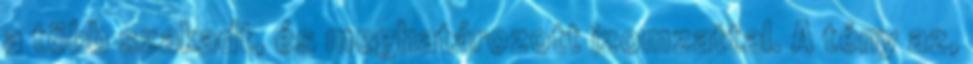
a több szakadt, és meghatározott izomzattal. A tény az,